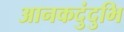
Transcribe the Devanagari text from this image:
आनकदुंदुभि